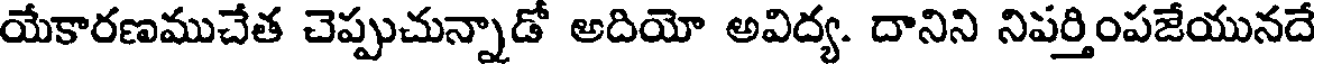
యేకారణముచేత చెప్పుచున్నాడో అదియో అవిద్య. దానిని నిపర్తింపజేయునదే